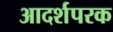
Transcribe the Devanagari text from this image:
आदर्शपरक